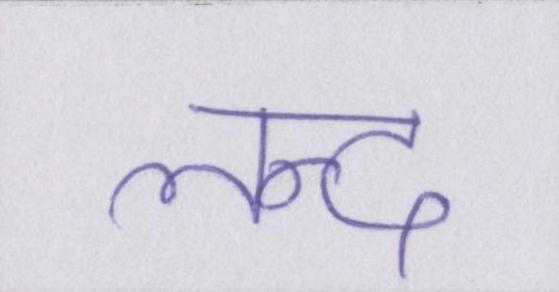
लन्द